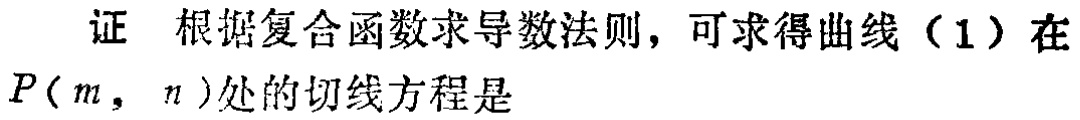
证 根据复合函数求导数法则，可求得曲线（1）在\(P(m,n)\)处的切线方程是